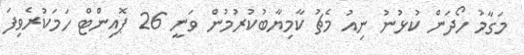
މަގާމު ހޯދަން ކުޅުނު ނިއު މެޗު ކާމިޔާބުކުރުމުން ވަނީ 26 ޕޮއިންޓް ހަމަކުރެވިފަ